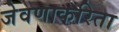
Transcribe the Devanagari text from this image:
जेवणाकरिता